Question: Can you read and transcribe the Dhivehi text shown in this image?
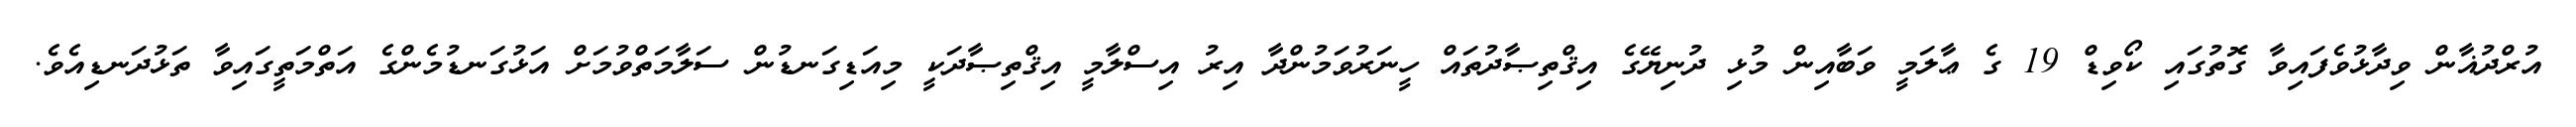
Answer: އުރްދުޣާން ވިދާޅުވެފައިވާ ގޮތުގައި ކޯވިޑް 19 ގެ ޢާލަމީ ވަބާއިން މުޅި ދުނިޔޭގެ އިޤްތިޞާދުތައް ހީނަރުވަމުންދާ އިރު އިސްލާމީ އިޤްތިޞާދަކީ މިއަޑިގަނޑުން ސަލާމަތްވުމަށް އަޅުގަނޑުމެންގެ އަތްމަތީގައިވާ ތަޅުދަނޑިއެވެ.